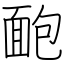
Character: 靤